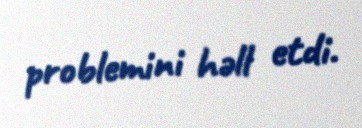
problemini həll etdi.